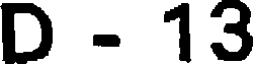
D - 13